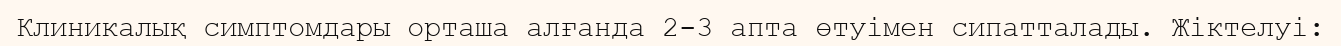
Клиникалық симптомдары орташа алғанда 2-3 апта өтуімен сипатталады. Жіктелуі: